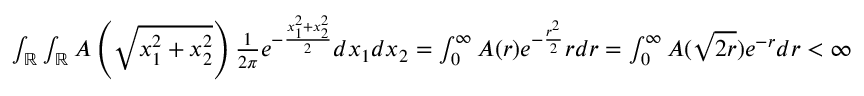
\begin{array} { r } { \int _ { \mathbb { R } } \int _ { \mathbb { R } } A \left( \sqrt { x _ { 1 } ^ { 2 } + x _ { 2 } ^ { 2 } } \right) \frac { 1 } { 2 \pi } e ^ { - \frac { x _ { 1 } ^ { 2 } + x _ { 2 } ^ { 2 } } { 2 } } d x _ { 1 } d x _ { 2 } = \int _ { 0 } ^ { \infty } A ( r ) e ^ { - \frac { r ^ { 2 } } { 2 } } r d r = \int _ { 0 } ^ { \infty } A ( \sqrt { 2 r } ) e ^ { - r } d r < \infty } \end{array}